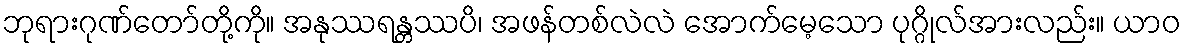
ဘုရားဂုဏ်တော်တို့ကို။ အနုဿရန္တဿပိ၊ အဖန်တစ်လဲလဲ အောက်မေ့သော ပုဂ္ဂိုလ်အားလည်း။ ယာဝ